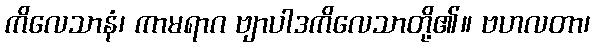
ကိလေသာနံ၊ ကာမရာဂ ဗျာပါဒကိလေသာတို့၏။ ဗဟလတာ၊